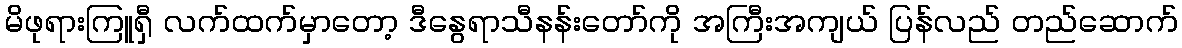
မိဖုရားကြူရှီ လက်ထက်မှာတော့ ဒီနွေရာသီနန်းတော်ကို အကြီးအကျယ် ပြန်လည် တည်ဆောက်